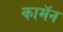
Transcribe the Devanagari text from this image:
कामॅन